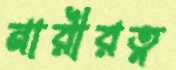
নারীরত্ন